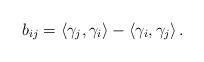
LaTeX: \begin{align*}b_{ij}=\left<\gamma_j,\gamma_i\right>-\left<\gamma_i,\gamma_j\right>.\end{align*}